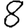
Digit: 8